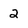
Character: 2